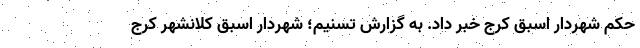
حکم شهردار اسبق کرج خبر داد. به گزارش تسنیم؛ شهردار اسبق کلانشهر کرج